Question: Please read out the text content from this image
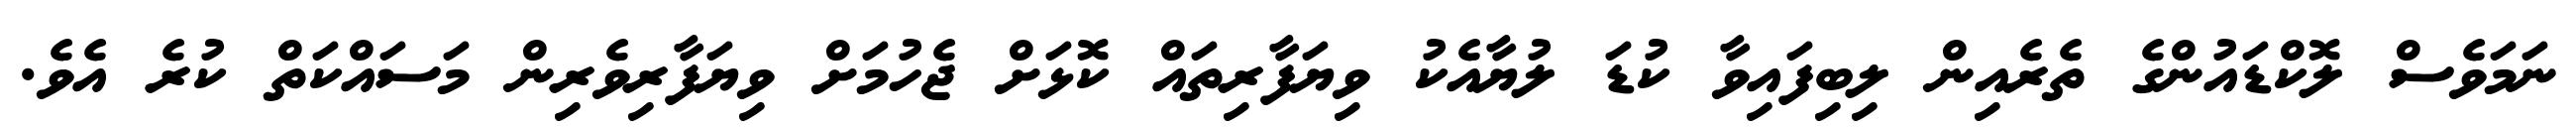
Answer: ނަމަވެސް ލޮކްޑައުންގެ ތެރެއިން ލިބިފައިވާ ކުޑަ ލުޔާއެކު ވިޔަފާރިތައް ކޮޅަށް ޖެހުމަށް ވިޔަފާރިވެރިން މަސައްކަތް ކުރެ އެވެ.